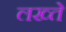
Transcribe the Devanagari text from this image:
लख्ते